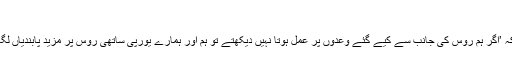
‘
سوزن رائس نے کہا کہ ’اگر ہم روس کی جانب سے کیے گئے وعدوں پر عمل ہوتا نہیں دیکھتے تو ہم اور ہمارے یورپی ساتھی روس پر مزید پابندیاں لگانے کے لیے تیار ہیں۔